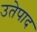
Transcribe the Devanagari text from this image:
उतेपाद